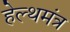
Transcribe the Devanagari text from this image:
हेल्थमंत्र